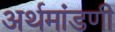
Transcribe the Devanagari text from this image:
अर्थमांडणी